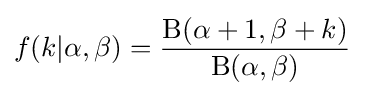
f(k|\alpha ,\beta )={\frac {\mathrm {B} (\alpha +1,\beta +k)}{\mathrm {B} (\alpha ,\beta )}}